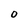
Character: O